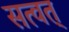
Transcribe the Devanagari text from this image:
सत्वत्